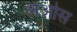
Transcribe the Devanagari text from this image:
लेओस